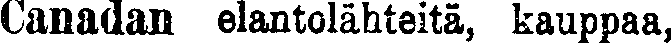
Canadan elantolähteitä, kauppaa,